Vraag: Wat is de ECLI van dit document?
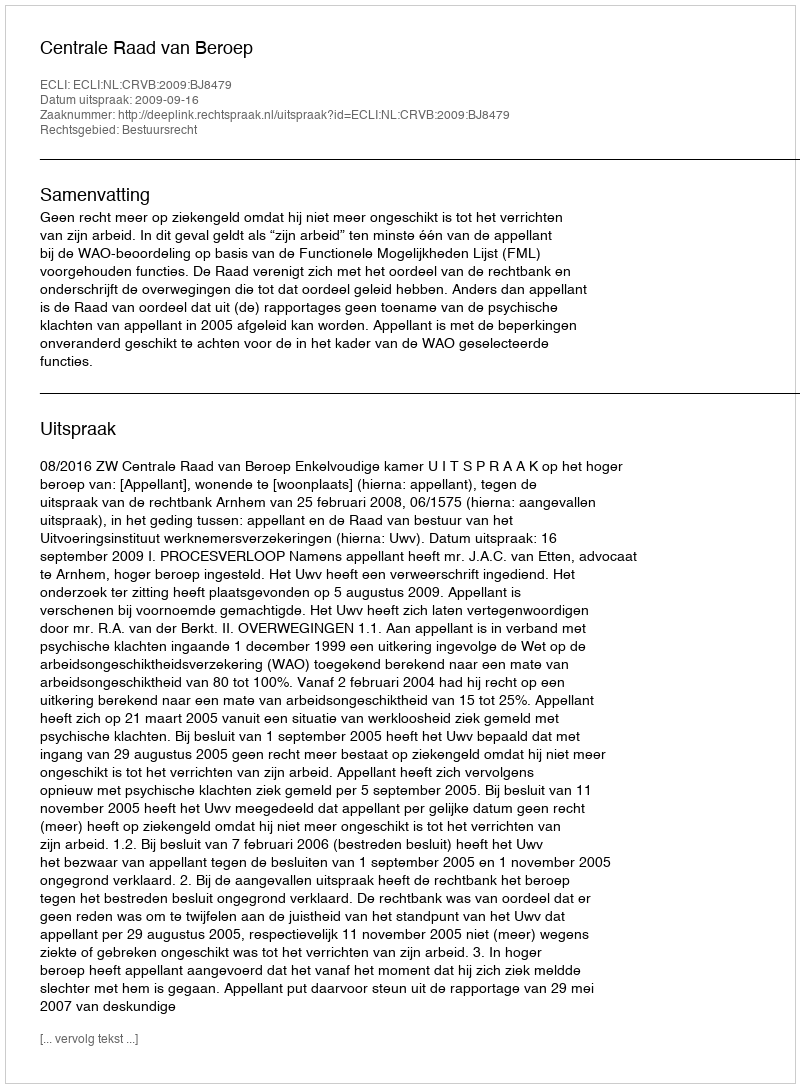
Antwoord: ECLI:NL:CRVB:2009:BJ8479